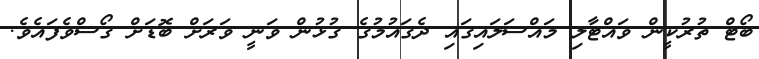
ބޯޓް ތުރުކީން ވައްޓާލި މައްސަލައިގައި ދެގައުމުގެ ގުޅުން ވަނީ ވަރަށް ބޮޑަށް ގޯސްވެފައެވެ.